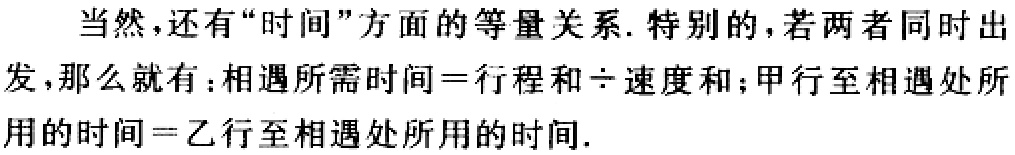
当然，还有“时间”方面的等量关系. 特别的，若两者同时出发，那么就有：相遇所需时间=行程和÷速度和；甲行至相遇处所用的时间=乙行至相遇处所用的时间.